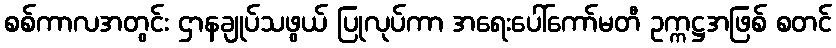
စစ်ကာလအတွင်း ဌာနချုပ်သဖွယ် ပြုလုပ်ကာ အရေးပေါ်ကော်မတီ ဥက္ကဋ္ဌအဖြစ် စတင်